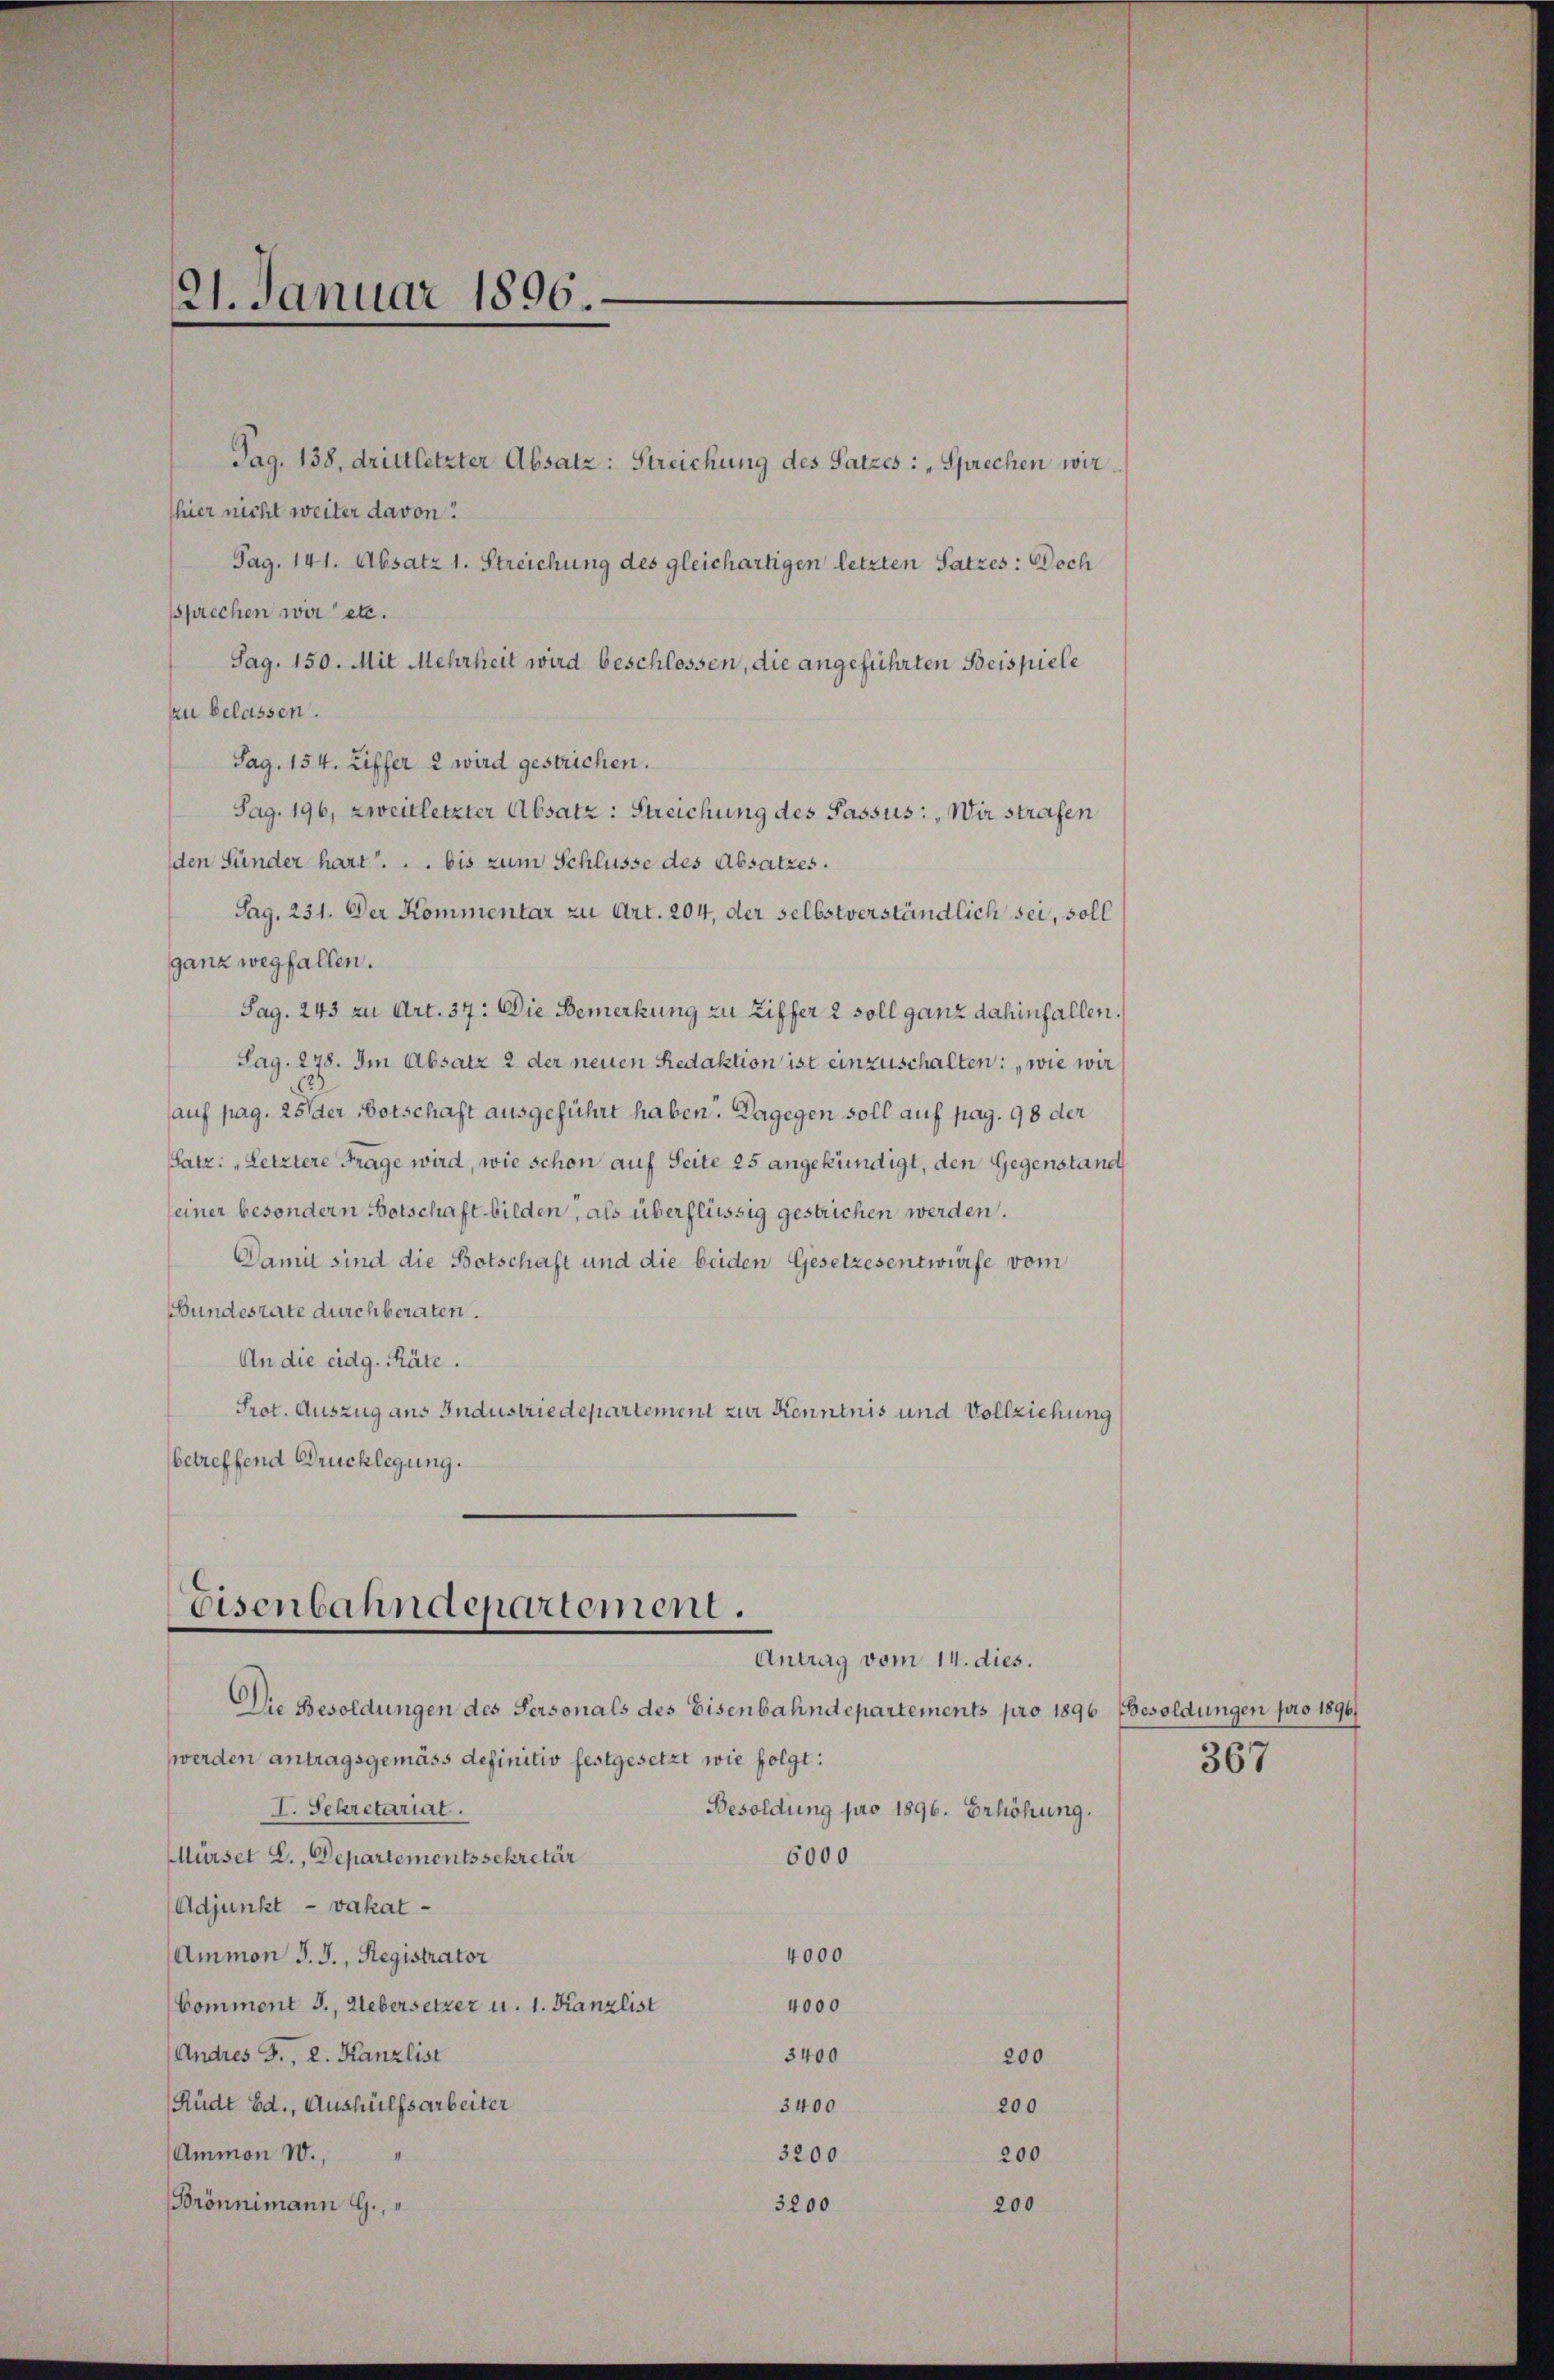
21. Januar 1896.

Pag. 138, drittletzter Absatz: Streichung des Satzes: „Sprechen wir
thier nicht weiter davon!
Pag. 141. Absatz 1. Streichung des gleichartigen letzten Satzes: Doch
ssprechen wir etc.
Sag. 150. Mit Mehrheit wird beschlossen, die angeführten Beispiele
zu belassen.
Sag. 154. Ziffer 2 wird gestrichen.
Pag. 196, zweitletzter Absatz: Streichung des Passus: „Wir strafen
den Sünder hart . . . bis zum Schlüsse des Absatzes.
Sag. 231. Der Kommentar zu Art. 204, der selbstverständlich sei, soll
ganz wegfallen.
Pag. 243 zu Art. 37: Die Bemerkung zu Ziffer 2 soll ganz dahinfallen.
Pag. 278. Im Absatz 2 der neuen Redaktion ist einzuschalten: „wie wir
auf pag. 25 der Botschaft ausgeführt haben. Dagegen soll auf pag. 98 der
Satz: „Letztere Frage wird, wie schon auf Seite 25 angekündigt, den Gegenstand
seiner besondern Botschaft bilden, als überflüssig gestrichen werden.
Damit sind die Botschaft und die beiden Gesetzesentwürfe vom
Bundesrate durchberaten.
An die eidg. Räte.
Prot. Auszug aus Industriedepartement zur Kenntnis und Vollziehung
betreffend Brucklegung.

Eisenbahndepartement.
Antrag vom 14. dies.

Die Besoldungen des Personals des Eisenbahndepartements pro 1896 Besoldungen pro 1896/
werden antragsgemäss definitiv festgesetzt wie folgt:
I. Sekretariat.
Besoldung pro 1896. Erhöhung.
Mürset L., Departementssekretär
6000
Adjunkt - vakat-
Ammon J. J., Registrator
4000
Comment J., Uebersetzer u. 1. Kanzlist
4000
3400
(Andres J., 2. Kanzlist
200
Rüdt Bd., Aushülfsarbeiter
3400
200
Ammon W.,
200
3200
Brönnimann G.,
3200
200

367